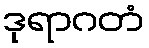
ဒုရာဂတံ